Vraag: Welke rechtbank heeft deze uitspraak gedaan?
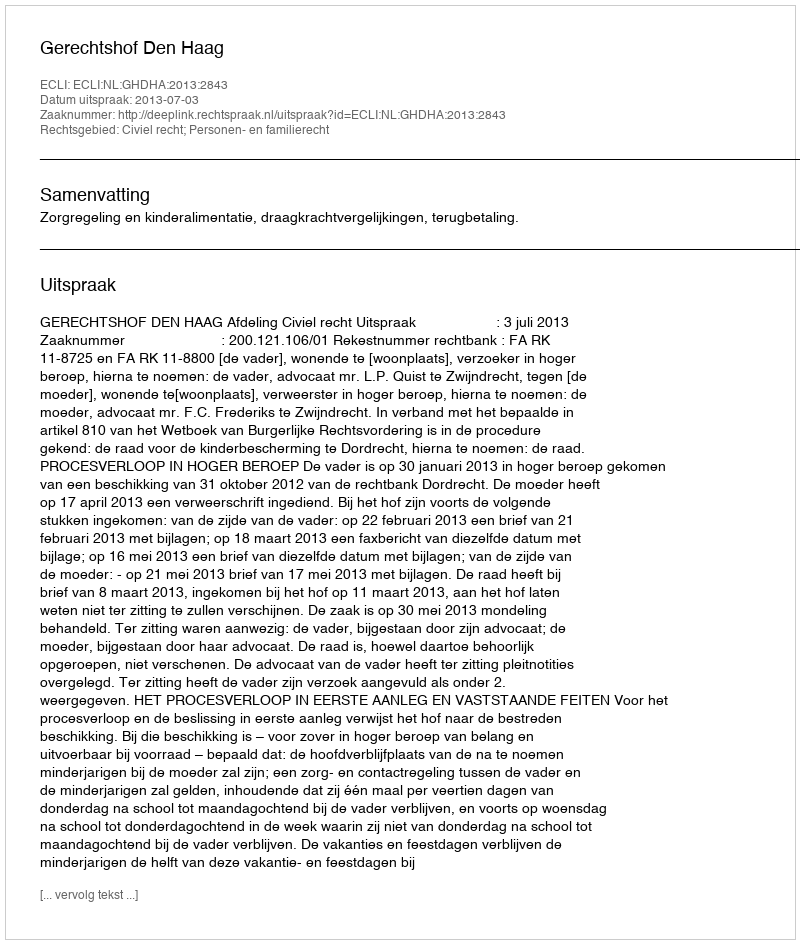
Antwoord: Gerechtshof Den Haag